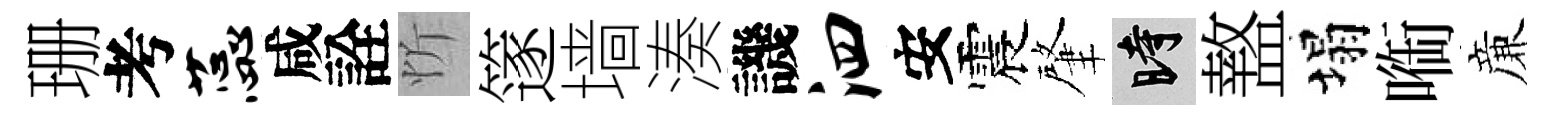
珊考蕊咸詮忻篴墙湊譏泗安震肇时盩塌㗸亷